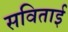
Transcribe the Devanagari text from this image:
सविताई